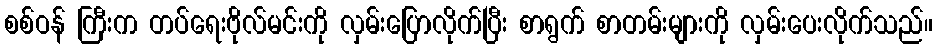
စစ်ဝန် ကြီးက တပ်ရေးဗိုလ်မင်းကို လှမ်းပြောလိုက်ပြီး စာရွက် စာတမ်းများကို လှမ်းပေးလိုက်သည်။